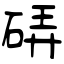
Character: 硦